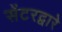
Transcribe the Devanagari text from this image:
सेंटरद्वारे